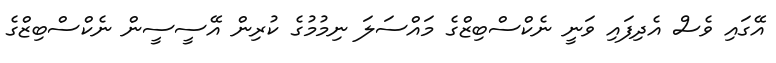
އޭގައި ވެސް އެދިފައި ވަނީ ނެކްސްބިޒްގެ މައްސަލަ ނިމުމުގެ ކުރިން އޭސީސީން ނެކްސްބިޒްގެ